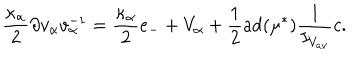
LaTeX: \frac { \kappa _ { \alpha } } { 2 } \partial v _ { \alpha } v _ { \alpha } ^ { - 1 } = \frac { \kappa _ { \alpha } } { 2 } e _ { - } + V _ { \alpha } + \frac { 1 } { 2 } \mathrm { a d } ( \mu ^ { * } ) \frac { 1 } { I _ { V _ { a v } } } c .